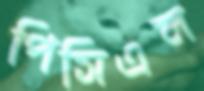
পিসিএল